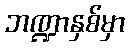
ဘဏ္ဍာနှစ်မှာ